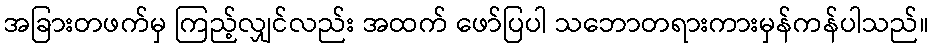
အခြားတဖက်မှ ကြည့်လျှင်လည်း အထက် ဖော်ပြပါ သဘောတရားကားမှန်ကန်ပါသည်။